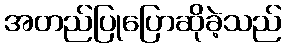
အတည်ပြုပြောဆိုခဲ့သည်